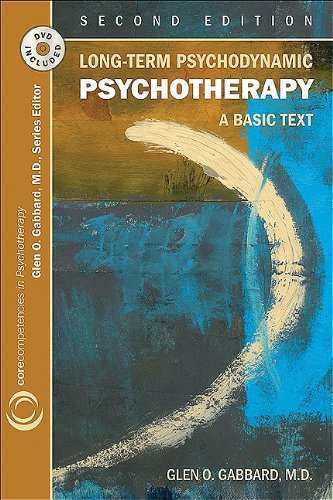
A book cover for Long-term Psychodynamic Psychotherapy: A Basic Text (Core Competencies in Psychotherapy); Glen O. Gabbard; Medical Books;